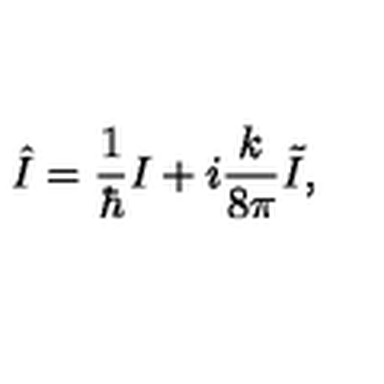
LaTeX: \hat { I } = { \frac { 1 } { \hbar } } I + i { \frac { k } { 8 \pi } } \tilde { I } ,